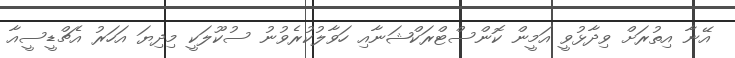
އޭނާ އިތުރަށް ވިދާޅުވީ އަމީން ކޮންސްޓްރަކްޝަނާއި ހަވާލުކުރެވުނު ސުކޫލަކީ މިދިޔަ އަހަރު އެޗްޑީސީއާ